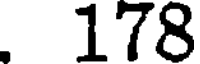
178